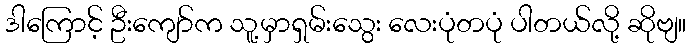
ဒါကြောင့် ဦးကျော်က သူ့မှာရှမ်းသွေး လေးပုံတပုံ ပါတယ်လို့ ဆိုဗျ။